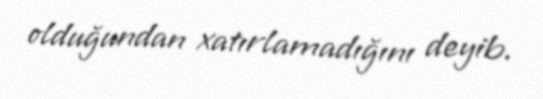
olduğundan xatırlamadığını deyib.